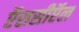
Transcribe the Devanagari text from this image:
ऍससीऍल